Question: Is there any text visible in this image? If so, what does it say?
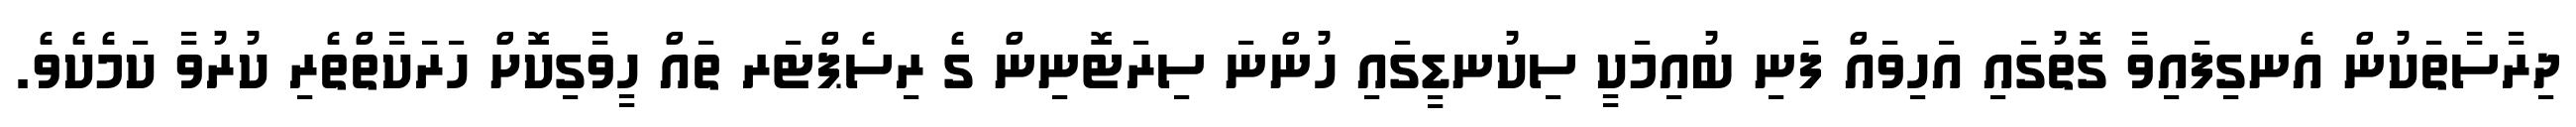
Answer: ދިރާސާތަކުން އެނގިފައިވާ ގޮތުގައި އަހިވައް ފަނި ބުއިމަކީ ސިކުނޑީގައި ހުންނަ ސިރަޓޮނިން ގެ ރިސެޕްޓަރ ތައް ހީވާގިކޮށް ހަރަކާތްތެރި ކުރުވާ ކަމެކެވެ.